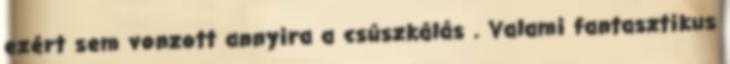
ezért sem vonzott annyira a csúszkálás . Valami fantasztikus